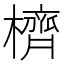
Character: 櫅